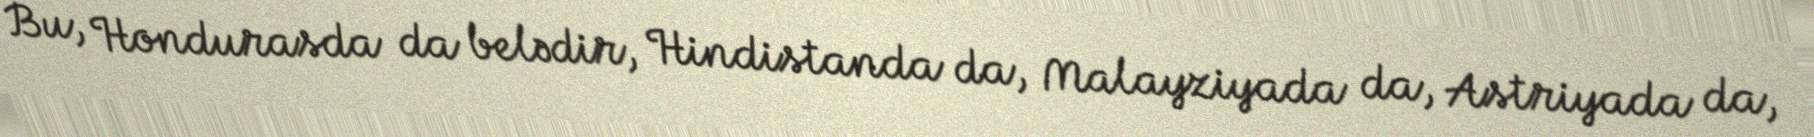
Bu, Hondurasda da belədir, Hindistanda da, Malayziyada da, Astriyada da,